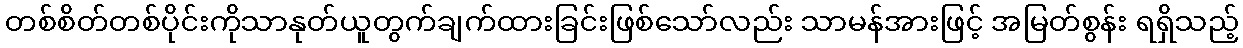
တစ်စိတ်တစ်ပိုင်းကိုသာနုတ်ယူတွက်ချက်ထားခြင်းဖြစ်သော်လည်း သာမန်အားဖြင့် အမြတ်စွန်း ရရှိသည့်